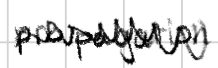
Text: propagation.
Cross-out: zig-zag
Writing tool: digital_black